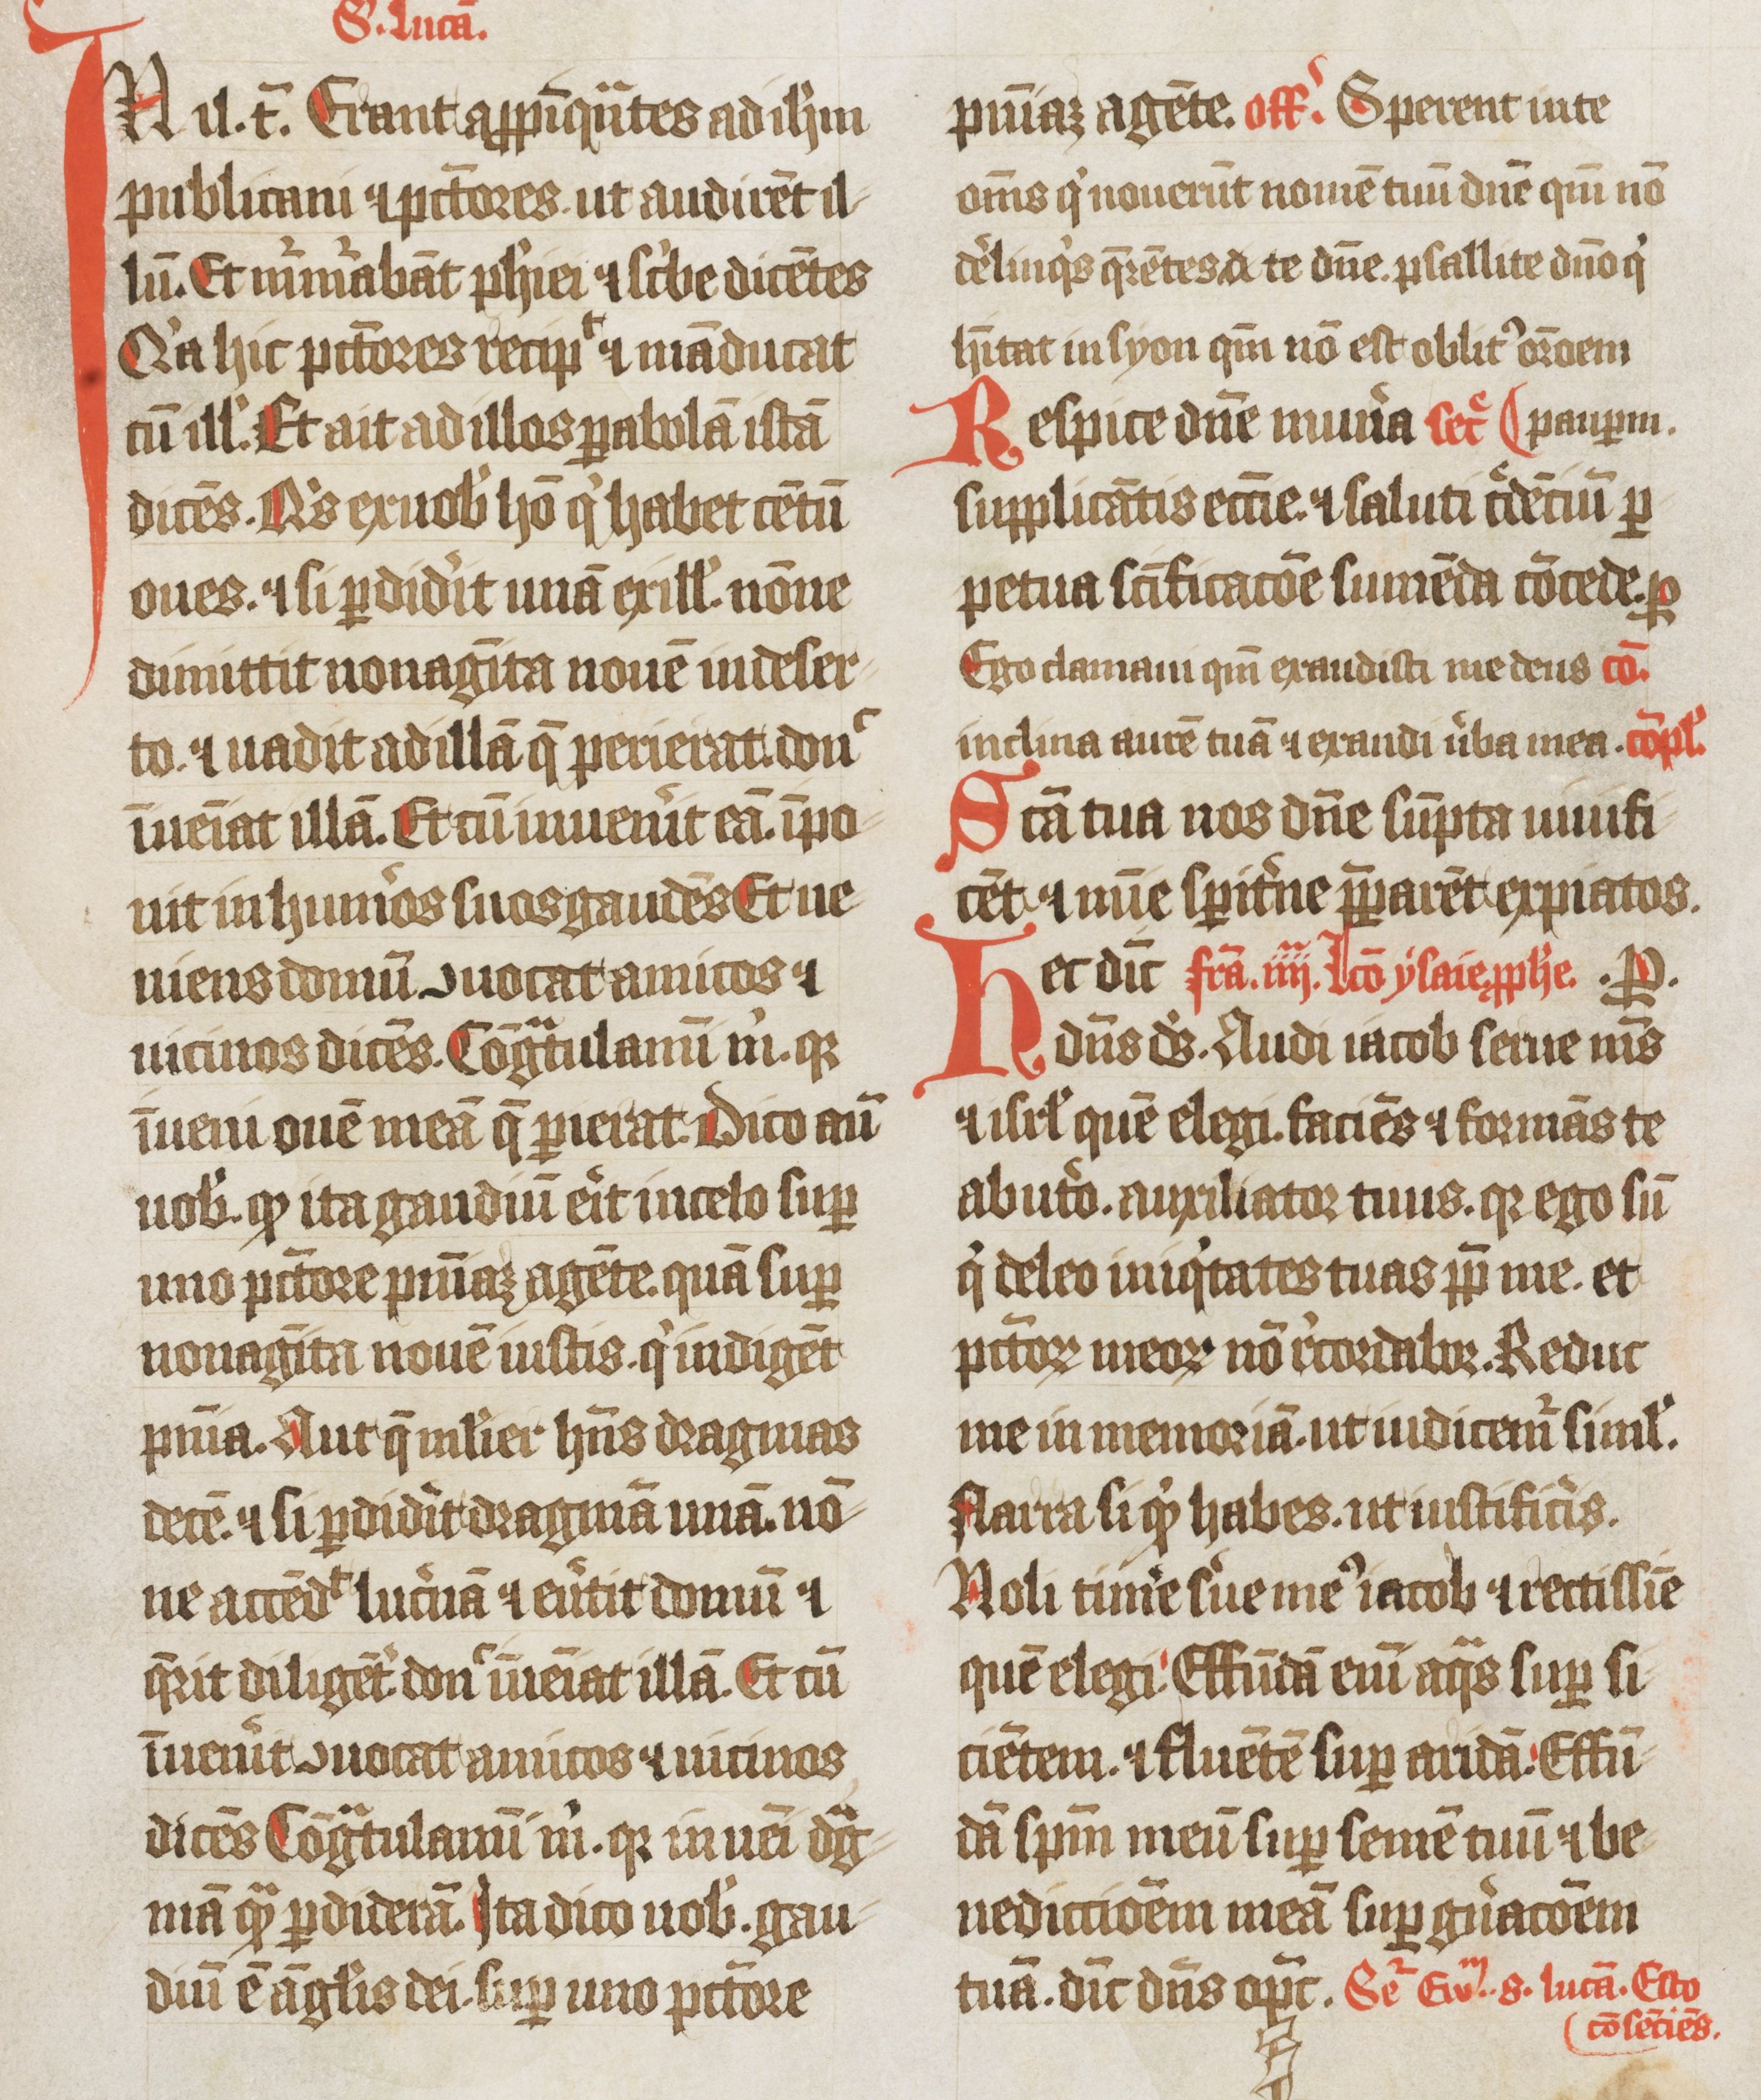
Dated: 1438–1439